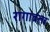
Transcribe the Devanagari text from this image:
रागावता